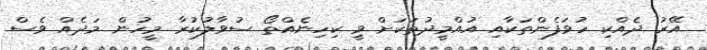
އޭރު ދެއްކި ހުވަފެންތަކާއި އުއްމީދުތަކަށް ވީ ކިހިނެއްތޯ ސުވާލުކުރާ މީހުން މަދެއް ވެސް